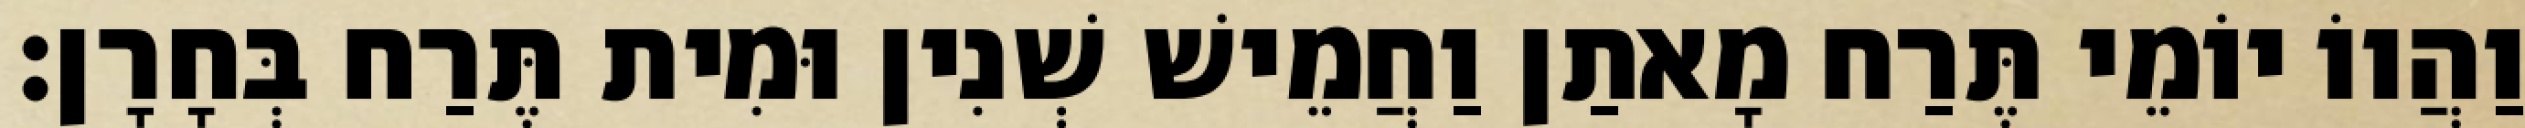
וַהֲווֹ יוֹמֵי תֶּרַח מָאתַן וַחֲמֵישׁ שְׁנִין וּמִית תֶּרַח בְּחָרָן׃